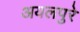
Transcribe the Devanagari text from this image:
अयलपुरे